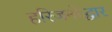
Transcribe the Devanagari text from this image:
हरिजनोद्धार